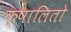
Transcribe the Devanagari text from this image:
क्षालितो